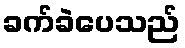
ခက်ခဲပေသည်